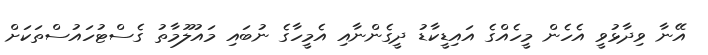
އޭނާ ވިދާޅުވީ އެހެން މީހެއްގެ އައިޑީކާޑު ދީގެންނާއި އެމީހާގެ ނުބައި މައުލޫމާތު ގެސްޓުހައުސްތަކަށް